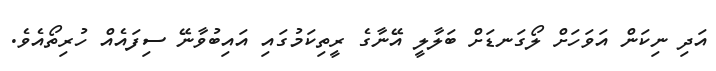
އަދި ނިކަން އަވަހަށް ލޯގަނޑަށް ބަލާލީ އޭނާގެ ރީތިކަމުގައި އައިބުވާނޭ ސިފައެއް ހުރިތޯއެވެ.